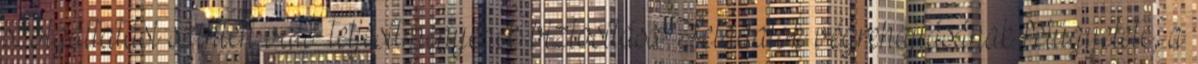
szolgáltatási szinten való teljesítményének biztosítása Feladatok végrehajtásának felügyelete, a